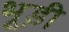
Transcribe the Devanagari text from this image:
भूड़ी